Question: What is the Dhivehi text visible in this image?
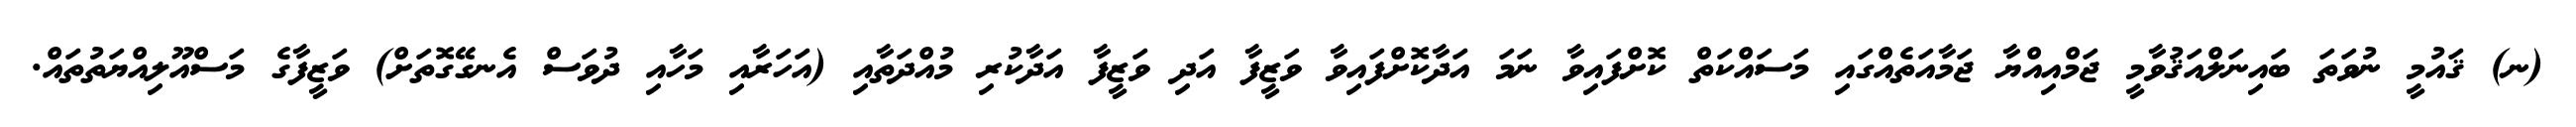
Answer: (ނ) ޤައުމީ ނުވަތަ ބައިނަލްއަޤުވާމީ ޖަމްއިއްޔާ ޖަމާއަތެއްގައި މަސައްކަތް ކޮށްފައިވާ ނަމަ އަދާކޮށްފައިވާ ވަޒީފާ އަދި ވަޒީފާ އަދާކުރި މުއްދަތާއި (އަހަރާއި މަހާއި ދުވަސް އެނގޭގޮތަށް) ވަޒީފާގެ މަސްއޫލިއްޔަތުތައް.